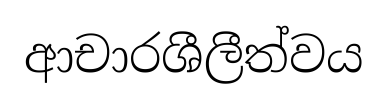
ආචාරශීලීත්වය